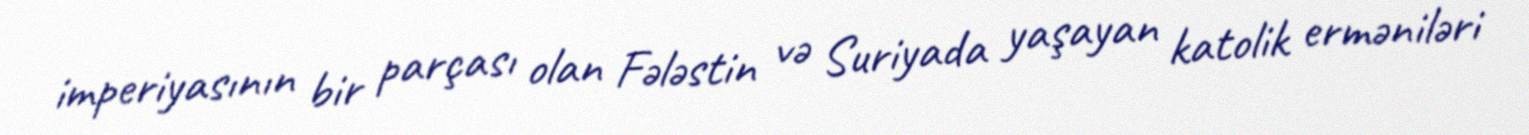
imperiyasının bir parçası olan Fələstin və Suriyada yaşayan katolik erməniləri